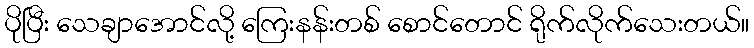
ပိုပြီး သေချာအောင်လို့ ကြေးနန်းတစ် စောင်တောင် ရိုက်လိုက်သေးတယ်။